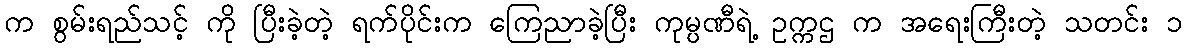
က စွမ်းရည်သင့် ကို ပြီးခဲ့တဲ့ ရက်ပိုင်းက ကြေညာခဲ့ပြီး ကုမ္ပဏီရဲ့ ဥက္ကဌ က အရေးကြီးတဲ့ သတင်း ၁